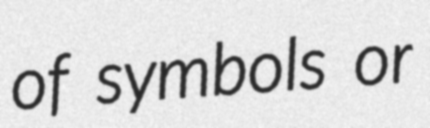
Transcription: of symbols or